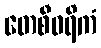
တေစီဝရိကံ